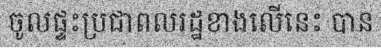
ចូលផ្ទះប្រជាពលរដ្ឋខាងលើនេះ បាន